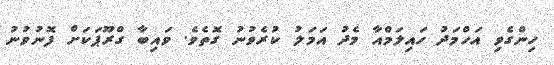
ހިންގެވި އަހްމަދު ހައިލަމްއާ މެދު އަމަލު ކުރެވުނު ގޮތެވެ. ވައިބާ ގްރޫޕަކަށް ފޮނުވުނު